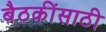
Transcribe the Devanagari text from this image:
बैठकींसाठी